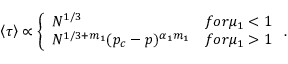
\left\langle \tau \right\rangle \propto \left\{ \begin{array} { l l } { N ^ { 1 / 3 } } & { f o r \mu _ { 1 } < 1 } \\ { N ^ { 1 / 3 + m _ { 1 } } ( p _ { c } - p ) ^ { \alpha _ { 1 } m _ { 1 } } } & { f o r \mu _ { 1 } > 1 } \end{array} \right. .